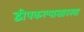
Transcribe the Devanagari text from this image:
द्वीपकल्पासारखा